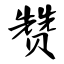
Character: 赞